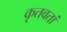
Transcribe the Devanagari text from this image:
कृतवतां